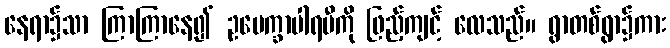
နေရာ၌သာ ကြာကြာနေ၍ ဥပေက္ခာပါရမီကို ဖြည့်ကျင့် လေသည်။ ရွာတစ်ရွာ၌ကား